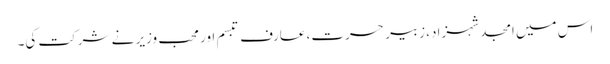
اس میں امجد شہزاد، زبیر حسرت، عارف تبسم اور محب وزیر نے شرکت کی۔